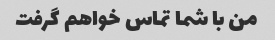
من با شما تماس خواهم گرفت